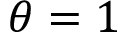
\theta = 1